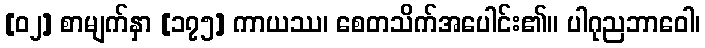
[၀၂] စာမျက်နှာ [၁၇၅] ကာယဿ၊ စေတသိက်အပေါင်း၏။ ပါဂုညဘာဝေါ၊